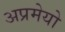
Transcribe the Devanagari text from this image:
अप्रमेयो